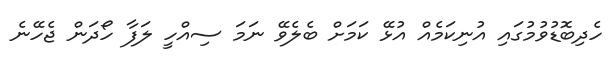
ހެދިބޮޑުވުމުގައި އުނިކަމެއް އުޅޭ ކަމަށް ބެލެވޭ ނަމަ ސިއްހީ ލަފާ ހޯދަން ޖެހޭނެ